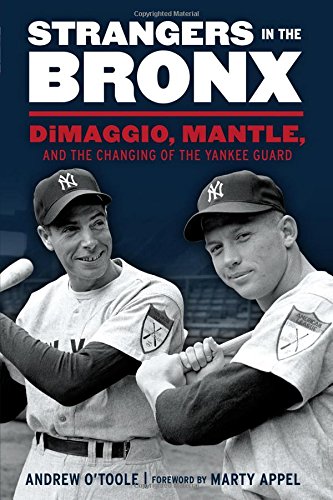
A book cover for Strangers in the Bronx: DiMaggio, Mantle, and the Changing of the Yankee Guard; Andrew O'Toole; Biographies & Memoirs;